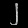
Digit: ၂